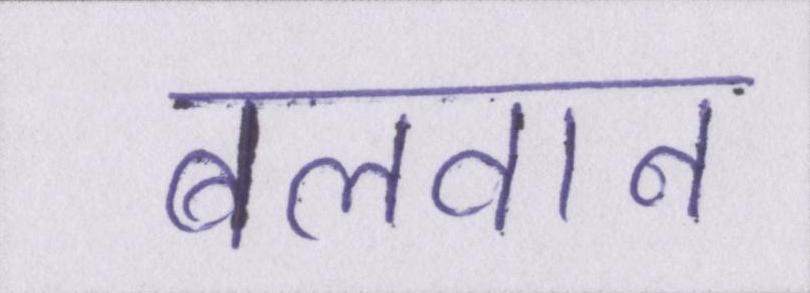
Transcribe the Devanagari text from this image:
बलवान